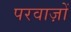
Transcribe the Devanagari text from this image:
परवाज़ों